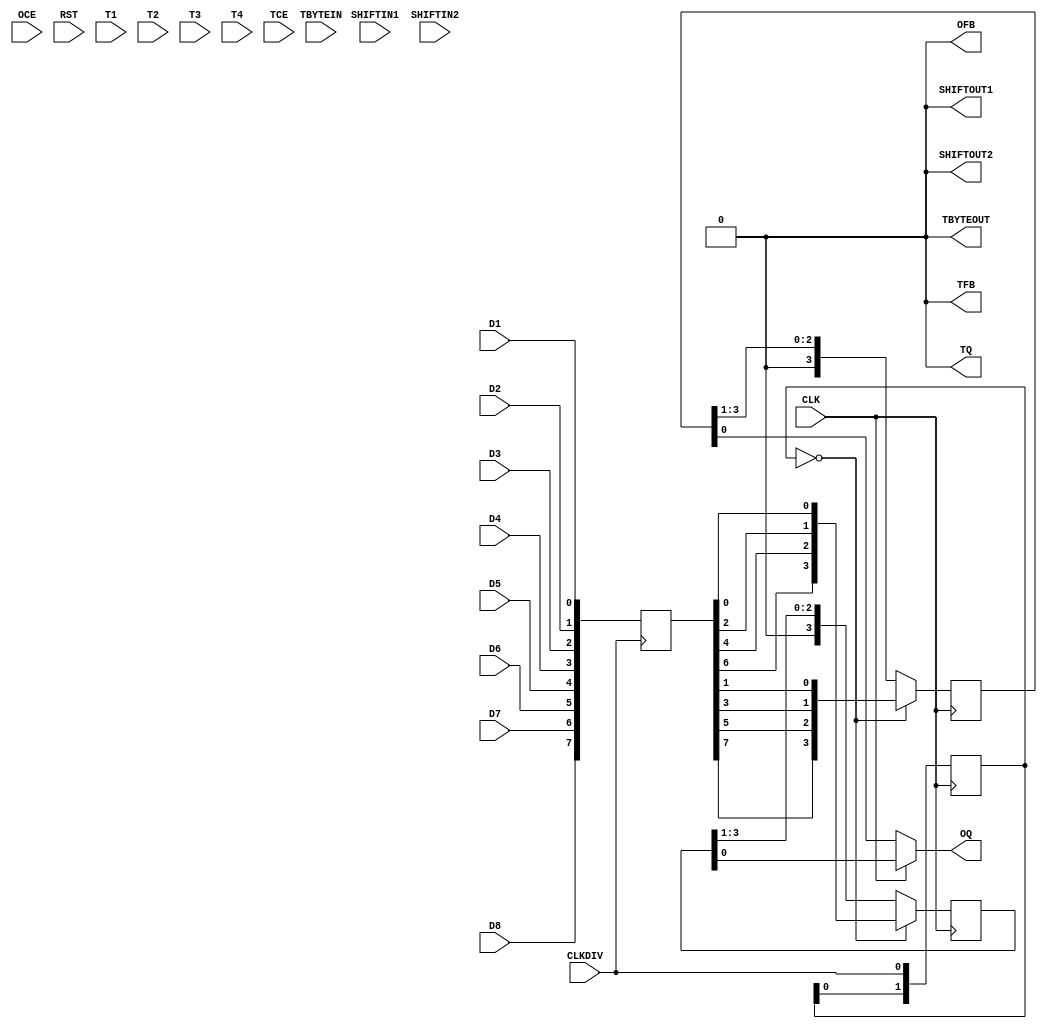
module OSERDESE2 ( /*AUTOARG*/
   // Outputs
   OFB, OQ, SHIFTOUT1, SHIFTOUT2, TBYTEOUT, TFB, TQ,
   // Inputs
   CLK, CLKDIV, D1, D2, D3, D4, D5, D6, D7, D8, OCE, RST, SHIFTIN1,
   SHIFTIN2, T1, T2, T3, T4, TBYTEIN, TCE
   );

   parameter DATA_RATE_OQ=0;
   parameter DATA_RATE_TQ=0;
   parameter DATA_WIDTH=0;
   parameter INIT_OQ=0;
   parameter INIT_TQ=0;
   parameter SERDES_MODE=0;
   parameter SRVAL_OQ=0;
   parameter SRVAL_TQ=0;
   parameter TBYTE_CTL=0;
   parameter TBYTE_SRC=0;
   parameter TRISTATE_WIDTH=0;

     
   output OFB;                    // output feedback port
   output OQ;                     // data output port, D1 appears first
   output SHIFTOUT1;              // connect to shift in of master, example?
   output SHIFTOUT2;              // connect to shift in of master, example?
   output TBYTEOUT;               // byte group tristate output to IOB
   output TFB;                    // 3-state control output for ODELAYE2
   output TQ;                     // 3-state control output
   input  CLK;                    // high speed clock
   input  CLKDIV;                 // low speed clock (/8 for example)
   input  D1;                     // 
   input  D2;                     //
   input  D3;                     //
   input  D4;                     //
   input  D5;                     //
   input  D6;                     //
   input  D7;                     //
   input  D8;                     //
   input  OCE;                    // active high clock enable for datapath
   input  RST;                    // async reset, all output flops driven low
   input  SHIFTIN1;               // connect to shift out of other
   input  SHIFTIN2;               // connect to shift out of other
   input  T1;                     // parallel 3-state signals
   input  T2;                     // ??why 4??
   input  T3;                     //
   input  T4;                     //
   input  TBYTEIN;                // byte group tristate input
   input  TCE;                    // active high clock enable for 3-state

   //Statemachine
   reg [2:0] state;


   reg [7:0] buffer;
   reg [1:0] clkdiv_sample;
   reg [3:0] even;
   reg [3:0] odd;
   
   //parallel sample
   always @ (posedge CLKDIV)
     buffer[7:0]<={D8,D7,D6,D5,D4,D3,D2,D1};
   
   //sample clkdiv
   always @ (negedge CLK)
     clkdiv_sample[1:0] <= {clkdiv_sample[0],CLKDIV};

   //shift on second consective clk rising edge that clkdi_sample==0

   wire      load_parallel = (clkdiv_sample[1:0]==2'b00);

   always @ (negedge CLK)
     if(load_parallel)
       even[3:0]<={buffer[6],buffer[4],buffer[2],buffer[0]};
     else
       even[3:0]<={1'b0,even[3:1]};

   always @ (negedge CLK)
     if(load_parallel)
       odd[3:0]<={buffer[7],buffer[5],buffer[3],buffer[1]};
     else
       odd[3:0]<={1'b0,odd[3:1]};
     
   assign OQ = CLK ? even[0] : odd[0];
   
   //setting other outputs
   assign OFB       = 1'b0;
   assign TQ        = 1'b0;
   assign TBYTEOUT  = 1'b0;
   assign SHIFTOUT1 = 1'b0;   		      
   assign SHIFTOUT2 = 1'b0;   
   assign TFB       = 1'b0;
   
endmodule